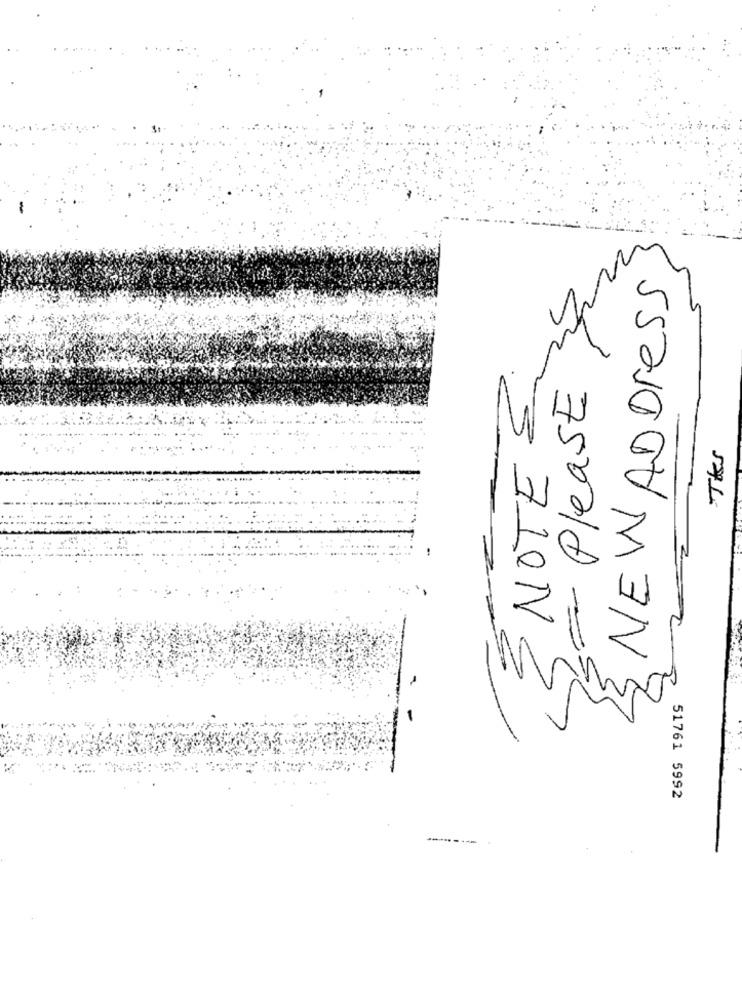
NEWADDRESS
NOTES
- Please
TKs
51761 5992